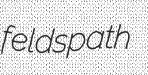
feldspath